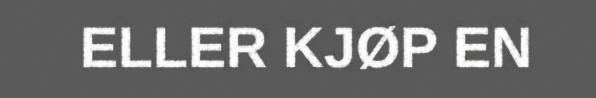
ELLER KJØP EN